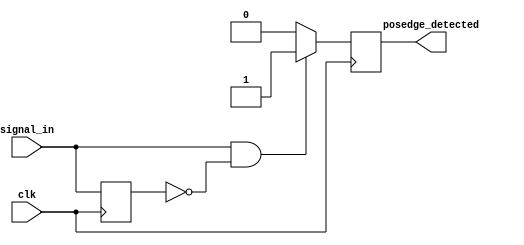
module posedge_detector (
    input wire clk,               // Clock input
    input wire signal_in,         // Input signal to detect the rising edge
    output reg posedge_detected    // Output pulse indicating rising edge detection
);

    reg signal_in_prev;           // Register to hold the previous state of the input signal

    // Always block triggered on the positive edge of the clock
    always @(posedge clk) begin
        // Detect rising edge
        if (signal_in == 1'b1 && signal_in_prev == 1'b0) begin
            posedge_detected <= 1'b1;  // Set output high on rising edge
        end else begin
            posedge_detected <= 1'b0;  // Reset output to low otherwise
        end
        
        // Update previous state
        signal_in_prev <= signal_in;   // Store current state for next comparison
    end

endmodule